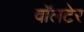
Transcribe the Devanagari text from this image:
वॉलटेर